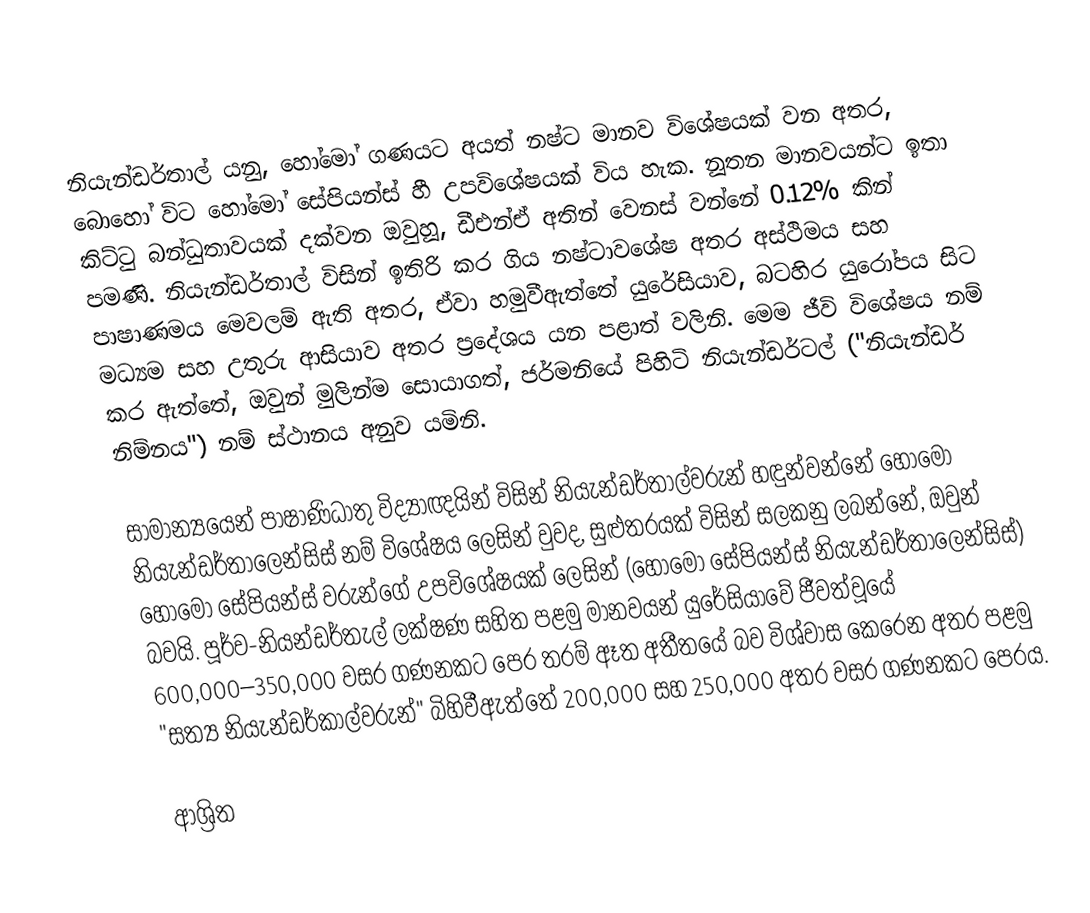
නියැන්ඩර්තාල්  යනු,  හෝමෝ ගණයට අයත් නෂ්ට මානව විශේෂයක් වන අතර, බොහෝ විට හෝමෝ සේපියන්ස් හී උපවිශේෂයක් විය හැක.  නූතන මානවයන්ට ඉතා කිට්ටු බන්ධුතාවයක් දක්වන ඔවුහූ, ඩීඑන්ඒ අතින් වෙනස් වන්නේ 0.12% කින් පමණි. නියැන්ඩර්තාල් විසින් ඉතිරි කර ගිය නෂ්ටාවශේෂ අතර අස්ථිමය සහ පාෂාණමය මෙවලම් ඇති අතර, ඒවා හමුවීඇත්තේ  යුරේසියාව, බටහිර යුරෝපය සිට මධ්‍යම සහ උතුරු ආසියාව අතර ප්‍රදේශය යන පළාත් වලිනි. මෙම ජීවි විශේෂය නම් කර ඇත්තේ, ඔවුන් මුලින්ම සොයාගත්,  ජර්මනියේ පිහිටි නියැන්ඩර්ටල් ("නියැන්ඩර් නිම්නය") නම් ස්ථානය අනුව යමිනි.

සාමාන්‍යයෙන් පාෂාණිධාතු විද්‍යාඥයින් විසින් නියැන්ඩර්තාල්වරුන් හඳුන්වන්නේ හෝමෝ නියැන්ඩර්තාලෙන්සිස්  නම් විශේෂය ලෙසින් වුවද, සුළුතරයක් විසින් සලකනු ලබන්නේ,  ඔවුන්  හෝමෝ සේපියන්ස් වරුන්ගේ උපවිශේෂයක් ලෙසින් (හෝමෝ සේපියන්ස් නියැන්ඩර්තාලෙන්සිස්) බවයි.   පූර්ව-නියන්ඩර්තැල් ලක්ෂණ සහිත පළමු මානවයන්  යුරේසියාවේ ජීවත්වූයේ 600,000–350,000 වසර ගණනකට පෙර තරම් ඈත අතීතයේ බව විශ්වාස කෙරෙන අතර  පළමු "සත්‍ය නියැන්ඩර්කාල්වරුන්" බිහිවීඇත්තේ 200,000 සහ 250,000 අතර වසර ගණනකට පෙරය.

ආශ්‍රිත